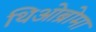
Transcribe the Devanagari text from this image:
थिओब्रोमा